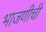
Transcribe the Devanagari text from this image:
भाजणीची